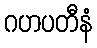
ဂဟပတီနံ